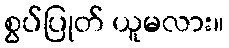
စွပ်ပြုတ် ယူမလား။